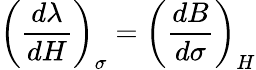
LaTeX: \left({\frac{d\lambda}{dH}}\right)_{\sigma}=\left({\frac{dB}{d\sigma}}\right)_{H}